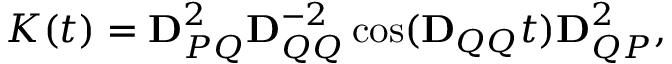
K ( t ) = \mathbf { D } _ { P Q } ^ { 2 } \mathbf { D } _ { Q Q } ^ { - 2 } \cos ( \mathbf { D } _ { Q Q } t ) \mathbf { D } _ { Q P } ^ { 2 } ,